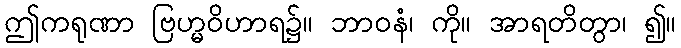
ဤကရုဏာ ဗြဟ္မဝိဟာရ၌။ ဘာဝနံ၊ ကို။ အာရတိတွာ၊ ၍။